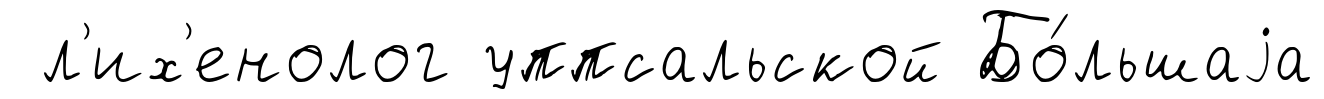
л'их'енолог уппсальской Бо́льшаjа